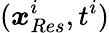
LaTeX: (\boldsymbol{x}_{Res}^{i},t^{i})